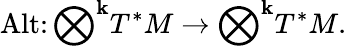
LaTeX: \operatorname{Alt}\colon{\bigotimes}^{\mathbf{k}}T^{*}M\to{\bigotimes}^{\mathbf{k}}T^{*}M.